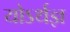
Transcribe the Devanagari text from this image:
योऽर्थज्ञ